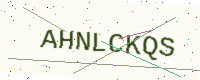
Text: AHNLCKQS